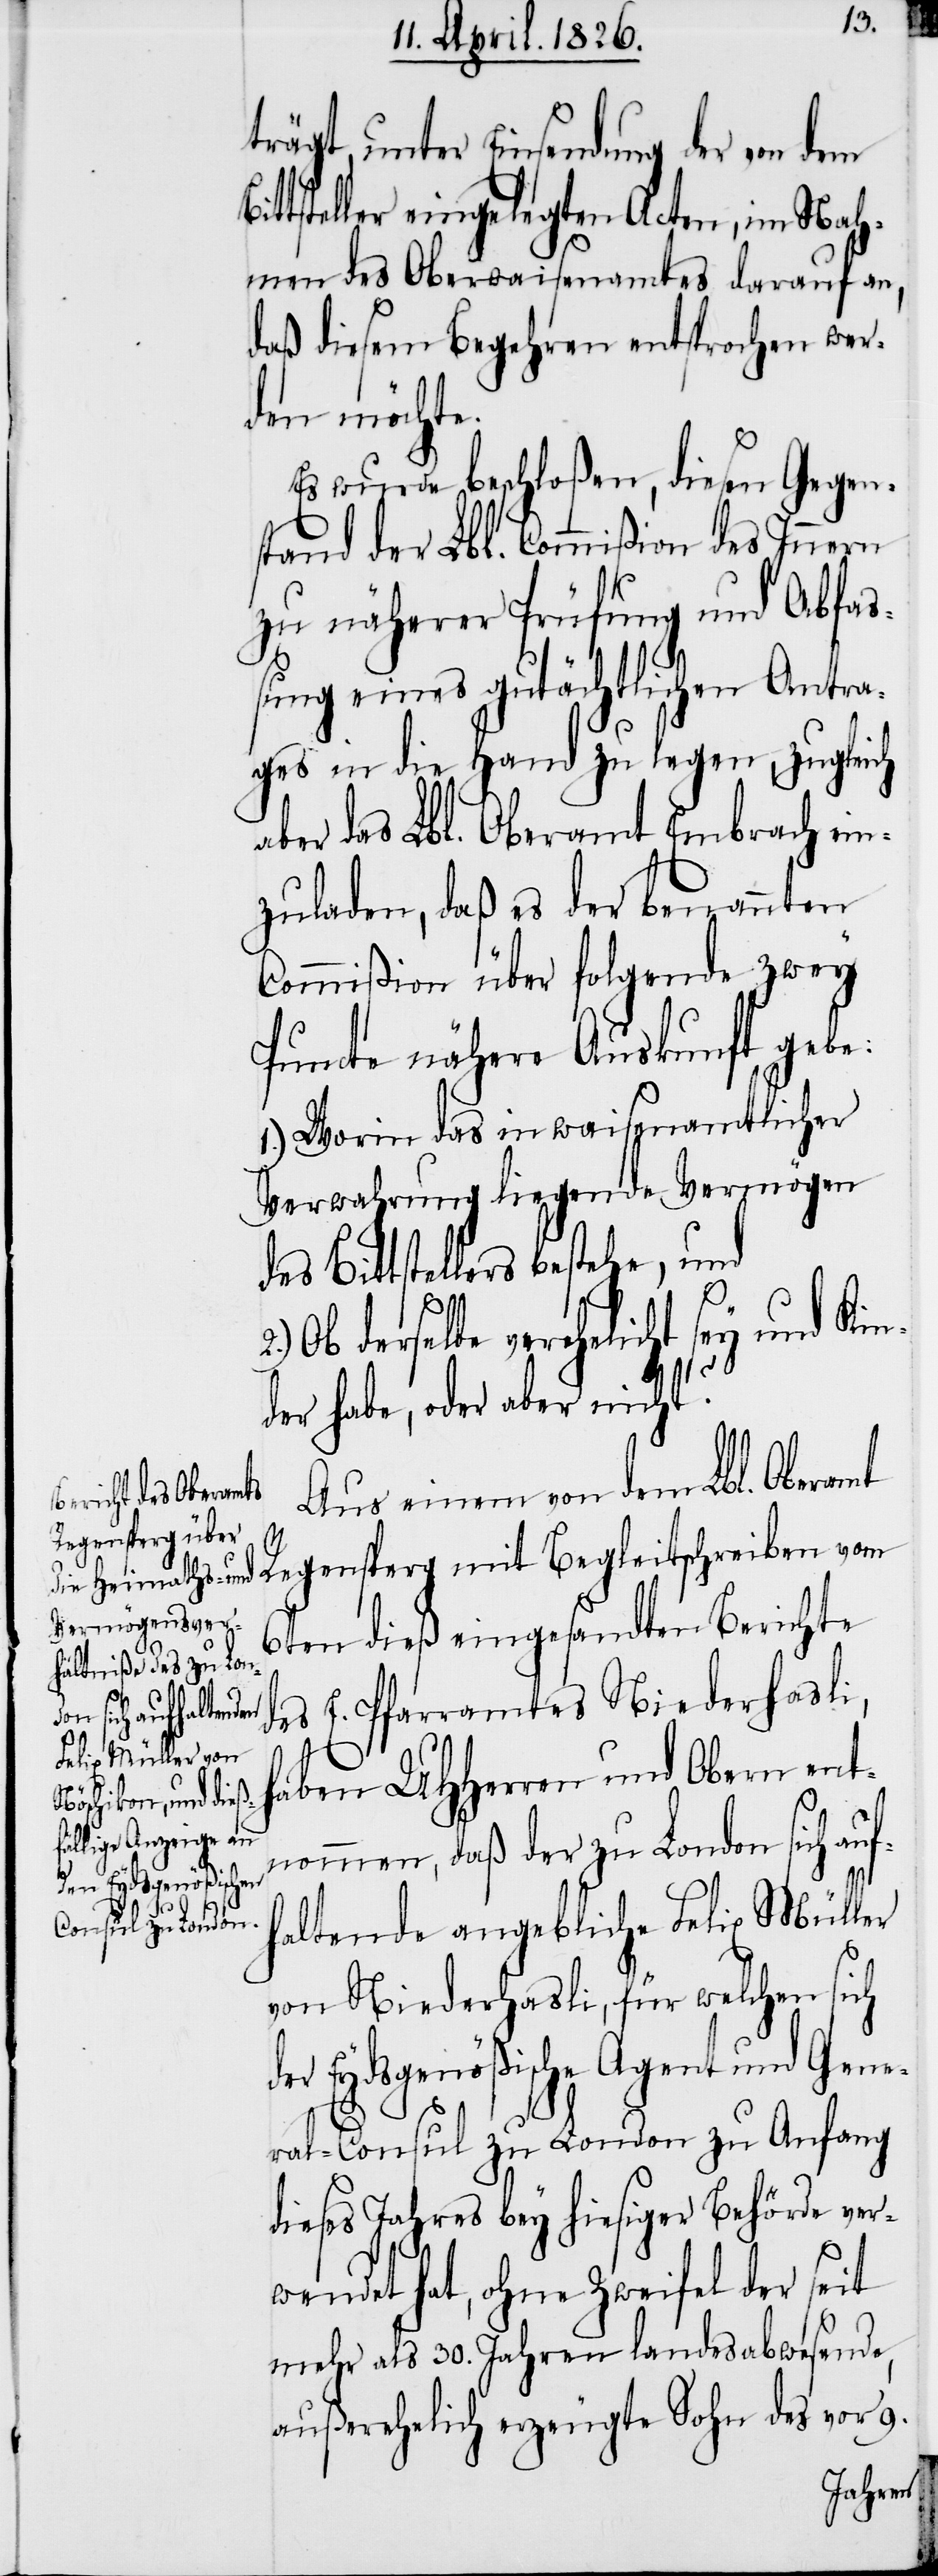
d¬

trägt, unter Einsendung der von dem
tsteller eingelegten Acten, im Nah¬
men des Oberwaisenamtes darauf an,
daß diesem Begehren entsprochen wer¬
den möchte.
Es wurde beschloßen, diesen Gegen¬
stand der Lbl. Commißion des Innern
zu näherer Prüfung und Abfaß¬
ung eines gutächtlichen Antra¬
ges in die Hand zu legen, zugleich
aber das Lbl. Oberamt Embrach ein¬
zuladen, daß es der benannten
Commißion über folgende zwey
Puncte nähere Auskunft gebe:
1.) Worin das in waisenamtlicher
Verwahrung liegende Vermögen
Bittstellers bestehe, und
Ob derselbe verehelicht sey und Kin¬
Bit¬
der habe, oder aber nicht?
Aus einem von dem Lbl. Oberamt
Regensperg mit Begleitschreiben vom
6ten dieß eingesandten Berichte
es E. Pfarramtes Niederhasli,
haben UHHerren und Obern ent¬
nommen, daß der zu London sich auf¬
haltende angebliche Felix Müller
von Niederhasli, für welchen sich
er Eydsgenößische Agent und Gene¬
ral-Consul zu London zu Anfang
dieses Jahres bey hiesiger Behörde ver¬
wendet hat, ohne Zweifel der seit
mehr als 30. Jahren landesabwesende,
außerehelich erzeugte Sohn des vor 9.

2.)